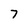
Character: 7